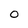
Character: 0